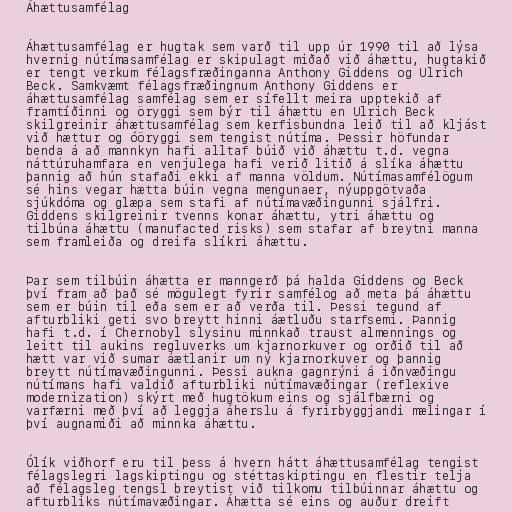
Áhættusamfélag

Áhættusamfélag er hugtak sem varð til upp úr 1990 til að lýsa
hvernig nútímasamfélag er skipulagt miðað við áhættu, hugtakið
er tengt verkum félagsfræðinganna Anthony Giddens og Ulrich
Beck. Samkvæmt félagsfræðingnum Anthony Giddens er
áhættusamfélag samfélag sem er sífellt meira upptekið af
framtíðinni og öryggi sem býr til áhættu en Ulrich Beck
skilgreinir áhættusamfélag sem kerfisbundna leið til að kljást
við hættur og óöryggi sem tengist nútíma. Þessir höfundar
benda á að mannkyn hafi alltaf búið við áhættu t.d. vegna
náttúruhamfara en venjulega hafi verið litið á slíka áhættu
þannig að hún stafaði ekki af manna völdum. Nútímasamfélögum
sé hins vegar hætta búin vegna mengunaer, nýuppgötvaða
sjúkdóma og glæpa sem stafi af nútímavæðingunni sjálfri.
Giddens skilgreinir tvenns konar áhættu, ytri áhættu og
tilbúna áhættu (manufacted risks) sem stafar af breytni manna
sem framleiða og dreifa slíkri áhættu.

Þar sem tilbúin áhætta er manngerð þá halda Giddens og Beck
því fram að það sé mögulegt fyrir samfélog að meta þá áhættu
sem er búin til eða sem er að verða til. Þessi tegund af
afturbliki geti svo breytt hinni áætluðu starfsemi. Þannig
hafi t.d. í Chernobyl slysinu minnkað traust almennings og
leitt til aukins regluverks um kjarnorkuver og orðið til að
hætt var við sumar áætlanir um ný kjarnorkuver og þannig
breytt nútímavæðingunni. Þessi aukna gagnrýni á iðnvæðingu
nútímans hafi valdið afturbliki nútímavæðingar (reflexive
modernization) skýrt með hugtökum eins og sjálfbærni og
varfærni með því að leggja áherslu á fyrirbyggjandi mælingar í
því augnamiði að minnka áhættu.

Ólík viðhorf eru til þess á hvern hátt áhættusamfélag tengist
félagslegri lagskiptingu og stéttaskiptingu en flestir telja
að félagsleg tengsl breytist við tilkomu tilbúinnar áhættu og
afturbliks nútímavæðingar. Áhætta sé eins og auður dreift